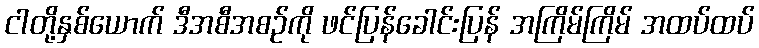
ငါတို့နှစ်ယောက် ဒီအစီအစဉ်ကို ဖင်ပြန်ခေါင်းပြန် အကြိမ်ကြိမ် အထပ်ထပ်